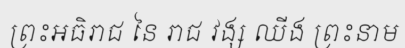
ព្រះអធិរាជ នៃ រាជ វង្ស ឈីង ព្រះនាម